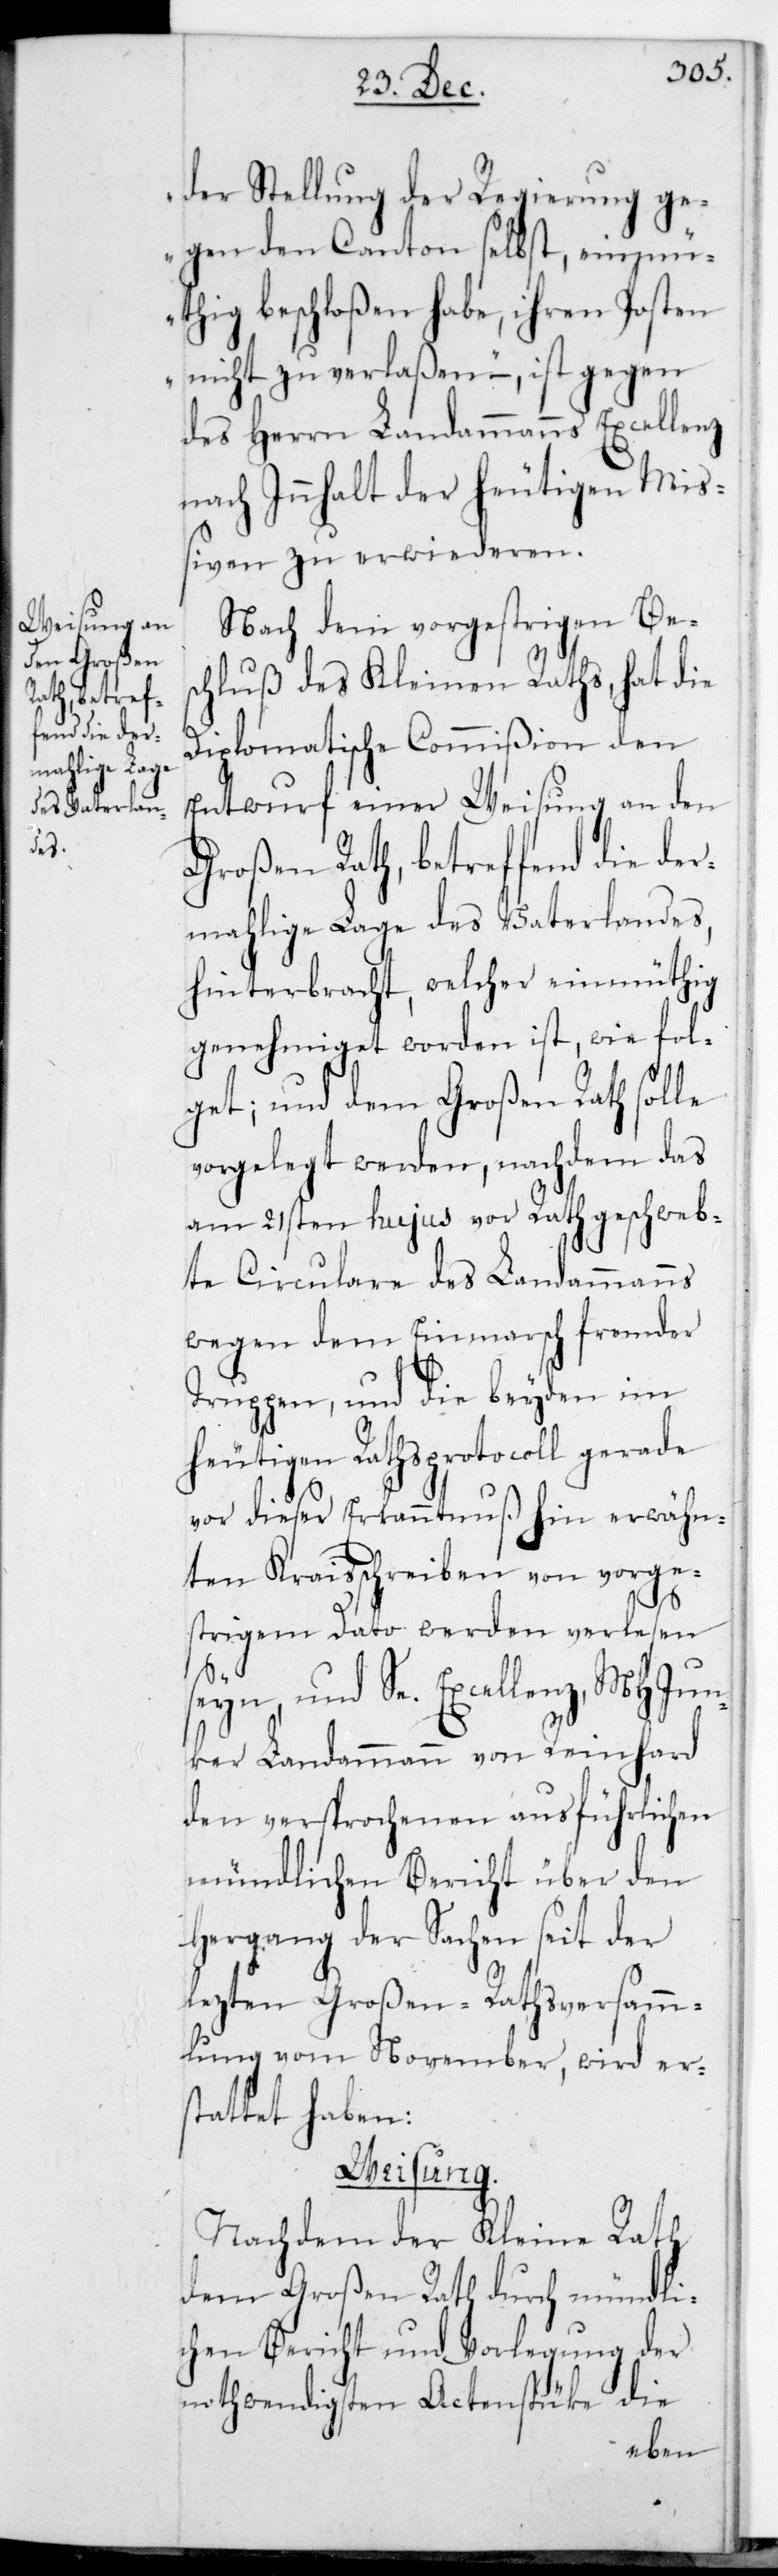
der Stellung der Regierung ge¬
gen den Canton selbst, einmü¬
thig beschloßen habe, ihren Posten
nicht zu verlaßen“, – ist gegen
des Herrn Landammanns Excellenz
nach Innhalt der heutigen Miß¬
iven zu erwiederen.
Nach dem vorgestrigen Bes¬
chluß des Kleinen Raths, hat die
Diplomatische Commißion den
Entwurf einer Weisung an den
Großen Rath, betreffend die de¬
rmalige Lage des Vaterlandes
hinterbracht, welcher einmüthig
genehmiget worden ist, wie fol¬
get; und dem Großen Rath solle
vorgelegt werden, nachdem das
am 21sten hujus vor Rath geschweb¬
te Circulare des Landammanns
wegen dem Einmarsch fremder
Truppen, und die beyden im
heutigen Rathsprotocoll gerade
vor dieser Erkanntnuß hin erwähn¬
ten Kraisschreiben von vorge¬
strigem Dato werden verlesen
seyn, und Se. Excellenz MH Jun¬
ker Landammann von Reinhard
den versprochenen ausführlichen
mündlichen Bericht über den
Hergang der Sachen seit der
lezten Großen-Raths-Versamm¬
lung vom November, wird er¬
stattet haben:
Weisung.
Nachdem der Kleine Rath
dem Großen Rath durch mündli¬
chen Bericht und Vorlegung der
nothwendigsten Actenstücke die